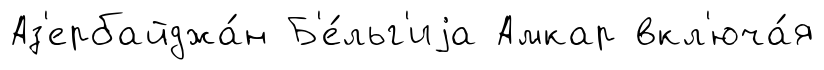
Аз'ербайджа́н Б'е́льг'иjа Амкар вкл'юча́я